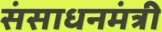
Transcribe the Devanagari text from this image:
संसाधनमंत्री